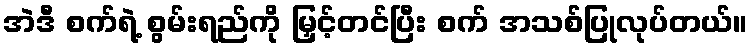
အဲဒီ စက်ရဲ့ စွမ်းရည်ကို မြှင့်တင်ပြီး စက် အသစ်ပြုလုပ်တယ်။